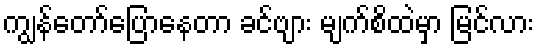
ကျွန်တော်ပြောနေတာ ခင်ဗျား မျက်စိထဲမှာ မြင်လား